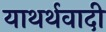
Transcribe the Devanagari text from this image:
याथर्थवादी